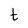
Character: t